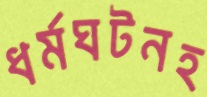
ধর্মঘটনহ